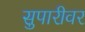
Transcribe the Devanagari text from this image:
सुपारीवर